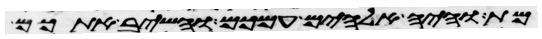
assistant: מת והיה אלהים עמכם והשיב אתכם